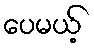
ပေမယ့်